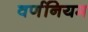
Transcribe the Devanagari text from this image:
वर्णनियम